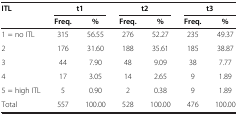
| ITL | <COLSPAN=2> t1 | <COLSPAN=2> t2 | <COLSPAN=2> t3 |
 |  | Freq. | % | Freq. | % | Freq. | % |
 | --- | --- | --- | --- | --- | --- | --- |
 | 1 = no ITL | 315 | 56.55 | 276 | 52.27 | 235 | 49.37 |
 | 2 | 176 | 31.60 | 188 | 35.61 | 185 | 38.87 |
 | 3 | 44 | 7.90 | 48 | 9.09 | 38 | 7.77 |
 | 4 | 17 | 3.05 | 14 | 2.65 | 9 | 1.89 |
 | 5 = high ITL | 5 | 0.90 | 2 | 0.38 | 9 | 1.89 |
 | Total | 557 | 100.00 | 528 | 100.00 | 476 | 100.00 |